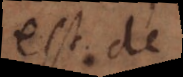
est de